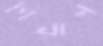
পিয়াল